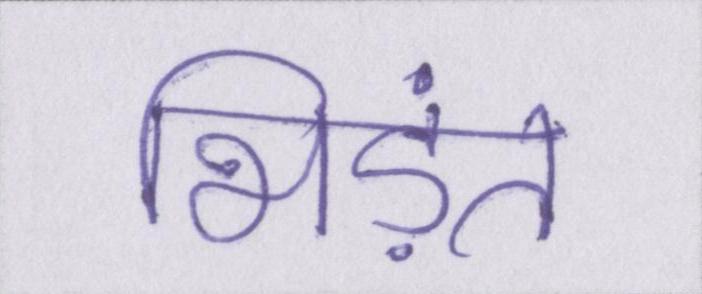
भिड़ंत